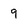
Character: 9